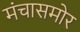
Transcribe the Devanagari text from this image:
मंचासमोर